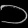
Digit: ၁